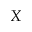
X